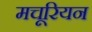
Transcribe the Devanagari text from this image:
मचूरियन